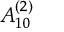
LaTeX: { A } _ { 1 0 } ^ { ( 2 ) }